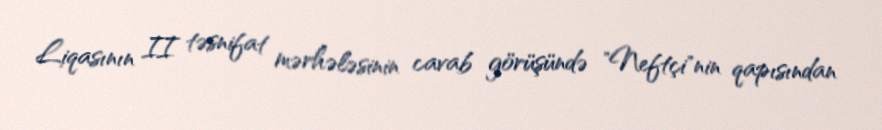
Liqasının II təsnifat mərhələsinin cavab görüşündə "Neftçi"nin qapısından